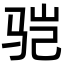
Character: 𩧱